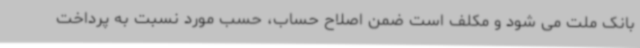
بانک ملت می شود و مکلف است ضمن اصلاح حساب، حسب مورد نسبت به پرداخت